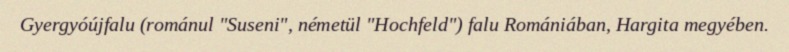
Gyergyóújfalu (románul "Suseni", németül "Hochfeld") falu Romániában, Hargita megyében.